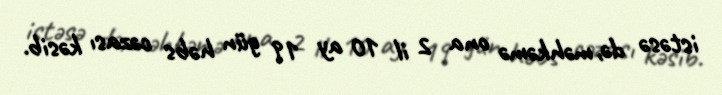
istəsə də, məhkəmə ona 2 il 10 ay 19 gün həbs cəzası kəsib.